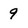
Character: 9